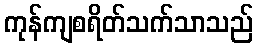
ကုန်ကျစရိတ်သက်သာသည်